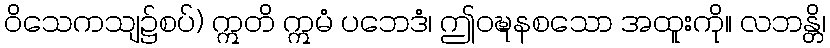
ဝိသေကသျ၌စပ်) ဣတိ ဣမံ ပဘေဒံ၊ ဤဝဍ္ဎနစသော အထူးကို။ လဘန္တိ၊